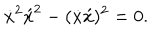
\dot { x } ^ { 2 } \acute { x } ^ { 2 } - ( \dot { x } \acute { x } ) ^ { 2 } = 0 .